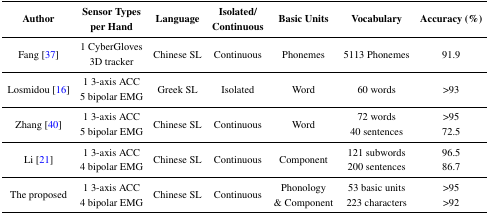
| <ROWSPAN=2> Author | Sensor Types | <ROWSPAN=2> Language | Isolated/ | <ROWSPAN=2> Basic Units | <ROWSPAN=2> Vocabulary | <ROWSPAN=2> Accuracy (%) |
 | per Hand | Continuous |
 | --- | --- | --- | --- | --- | --- | --- |
 | <ROWSPAN=2> Fang [37] | 1 CyberGloves | <ROWSPAN=2> Chinese SL | <ROWSPAN=2> Continuous | <ROWSPAN=2> Phonemes | <ROWSPAN=2> 5113 Phonemes | <ROWSPAN=2> 91.9 |
 | 3D tracker |
 | <ROWSPAN=2> Losmidou [16] | 1 3-axis ACC | <ROWSPAN=2> Greek SL | <ROWSPAN=2> Isolated | <ROWSPAN=2> Word | <ROWSPAN=2> 60 words | <ROWSPAN=2> >93 |
 | 5 bipolar EMG |
 | <ROWSPAN=2> Zhang [40] | 1 3-axis ACC | <ROWSPAN=2> Chinese SL | <ROWSPAN=2> Continuous | <ROWSPAN=2> Word | 72 words | >95 |
 | 5 bipolar EMG | 40 sentences | 72.5 |
 | <ROWSPAN=2> Li [21] | 1 3-axis ACC | <ROWSPAN=2> Chinese SL | <ROWSPAN=2> Continuous | <ROWSPAN=2> Component | 121 subwords | 96.5 |
 | 4 bipolar EMG | 200 sentences | 86.7 |
 | <ROWSPAN=2> The proposed | 1 3-axis ACC | <ROWSPAN=2> Chinese SL | <ROWSPAN=2> Continuous | Phonology | 53 basic units | >95 |
 | 4 bipolar EMG | & Component | 223 characters | >92 |